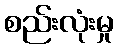
စည်းလုံးမှု